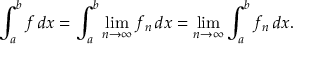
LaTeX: \int _ { a } ^ { b } f \, d x = \int _ { a } ^ { b } { \operatorname* { l i m } _ { n \to \infty } { f _ { n } } \, d x } = \operatorname* { l i m } _ { n \to \infty } \int _ { a } ^ { b } f _ { n } \, d x .